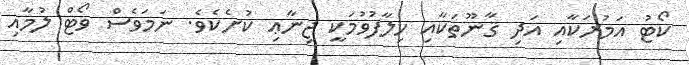
ކޯޓު އަމުރަކާއި އަދި ޤާނޫތަކާއި ހިލާފުވުމަކީ ޖިނާޢި ކުށެކެވެ. ނަމަވެސް ވޯޓް ލުމާއި